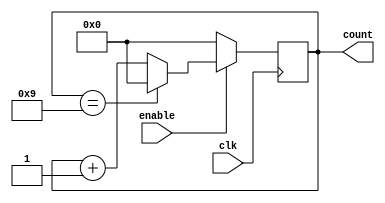
module bcd_up_counter (
    input wire clk,
    input wire enable,
    output reg [3:0] count
);

always @(posedge clk) begin
    if (enable == 1'b1) begin
        if (count == 4'b1001) begin
            count <= 4'b0000;
        end else begin
            count <= count + 1;
        end
    end else begin
        count <= 4'b0000;
    end
end

endmodule